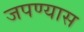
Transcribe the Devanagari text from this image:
जपण्यास